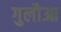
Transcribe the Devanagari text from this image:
गुलौआ